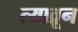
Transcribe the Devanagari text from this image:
त्याव्रून